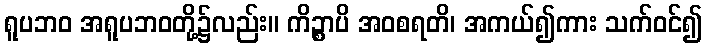
ရူပဘဝ အရူပဘဝတို့၌လည်း။ ကိဉ္စာပိ အဝစရတိ၊ အကယ်၍ကား သက်ဝင်၍